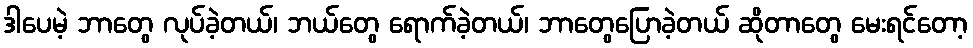
ဒါပေမဲ့ ဘာတွေ လုပ်ခဲ့တယ်၊ ဘယ်တွေ ရောက်ခဲ့တယ်၊ ဘာတွေပြောခဲ့တယ် ဆိုတာတွေ မေးရင်တော့